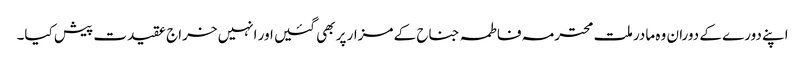
اپنے دورے کے دوران وہ مادر ملت محترمہ فاطمہ جناح کے مزار پر بھی گئیں اور انہیں خراج عقیدت پیش کیا۔